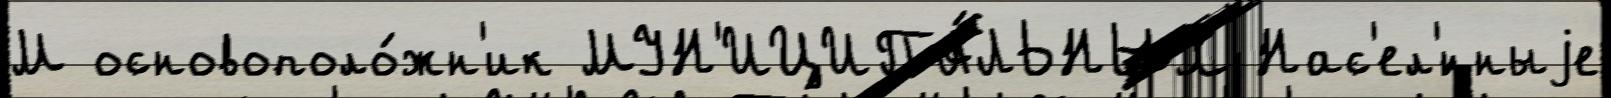
М основополо́жн'ик МУН'ИЦИПА́ЛЬНЫХ Нас'ел'́нныjе